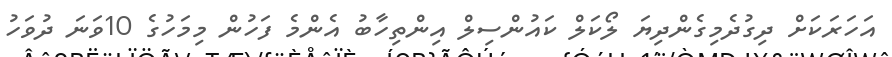
އަހަރަކަށް ދިގުދެމިގެންދިޔަ ލޯކަލް ކައުންސިލް އިންތިހާބު އެންމެ ފަހުން މިމަހުގެ 10ވަނަ ދުވަހު